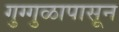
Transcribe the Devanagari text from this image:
गुग्गुळापासून